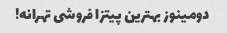
دومینوز بهترین پیتزا فروشی تهرانه!